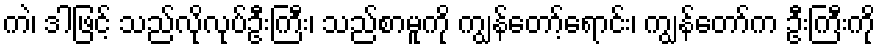
ကဲ၊ ဒါဖြင့် သည်လိုလုပ်ဦးကြီး၊ သည်စာမူကို ကျွန်တော့်ရောင်း၊ ကျွန်တော်က ဦးကြီးကို